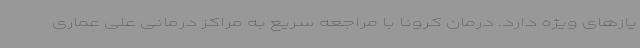
یازهای ویژه دارد. درمان کرونا با مراجعه سریع به مراکز درمانی علی عماری